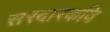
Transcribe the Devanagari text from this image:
सरदारकवि